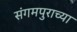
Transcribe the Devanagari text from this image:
संगमपुराच्या